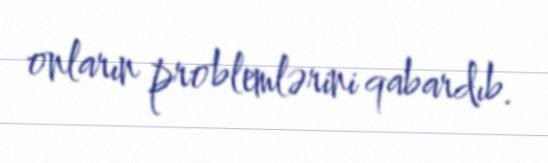
onların problemlərini qabardıb.